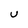
Character: U